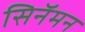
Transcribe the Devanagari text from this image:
सिनॅमन